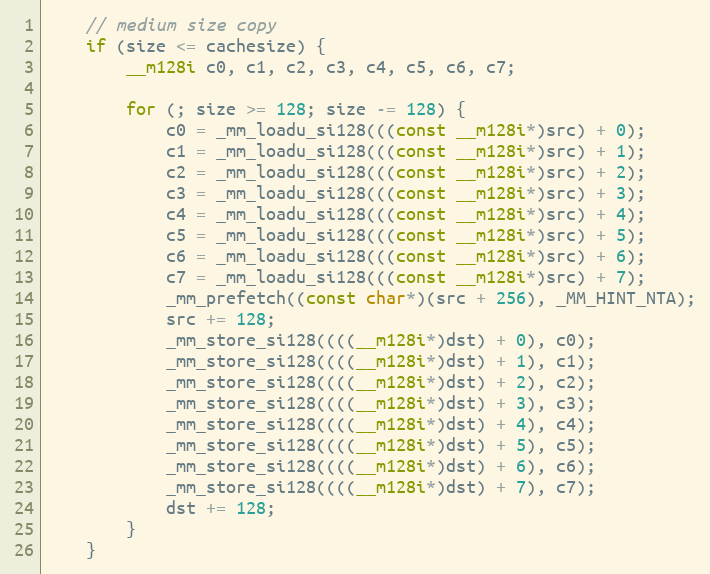
Language: C
	// medium size copy
	if (size <= cachesize) {
		__m128i c0, c1, c2, c3, c4, c5, c6, c7;

		for (; size >= 128; size -= 128) {
			c0 = _mm_loadu_si128(((const __m128i*)src) + 0);
			c1 = _mm_loadu_si128(((const __m128i*)src) + 1);
			c2 = _mm_loadu_si128(((const __m128i*)src) + 2);
			c3 = _mm_loadu_si128(((const __m128i*)src) + 3);
			c4 = _mm_loadu_si128(((const __m128i*)src) + 4);
			c5 = _mm_loadu_si128(((const __m128i*)src) + 5);
			c6 = _mm_loadu_si128(((const __m128i*)src) + 6);
			c7 = _mm_loadu_si128(((const __m128i*)src) + 7);
			_mm_prefetch((const char*)(src + 256), _MM_HINT_NTA);
			src += 128;
			_mm_store_si128((((__m128i*)dst) + 0), c0);
			_mm_store_si128((((__m128i*)dst) + 1), c1);
			_mm_store_si128((((__m128i*)dst) + 2), c2);
			_mm_store_si128((((__m128i*)dst) + 3), c3);
			_mm_store_si128((((__m128i*)dst) + 4), c4);
			_mm_store_si128((((__m128i*)dst) + 5), c5);
			_mm_store_si128((((__m128i*)dst) + 6), c6);
			_mm_store_si128((((__m128i*)dst) + 7), c7);
			dst += 128;
		}
	}